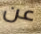
عن